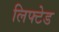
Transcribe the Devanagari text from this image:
लिफ्टेड